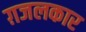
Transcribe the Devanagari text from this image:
ग़जलकार